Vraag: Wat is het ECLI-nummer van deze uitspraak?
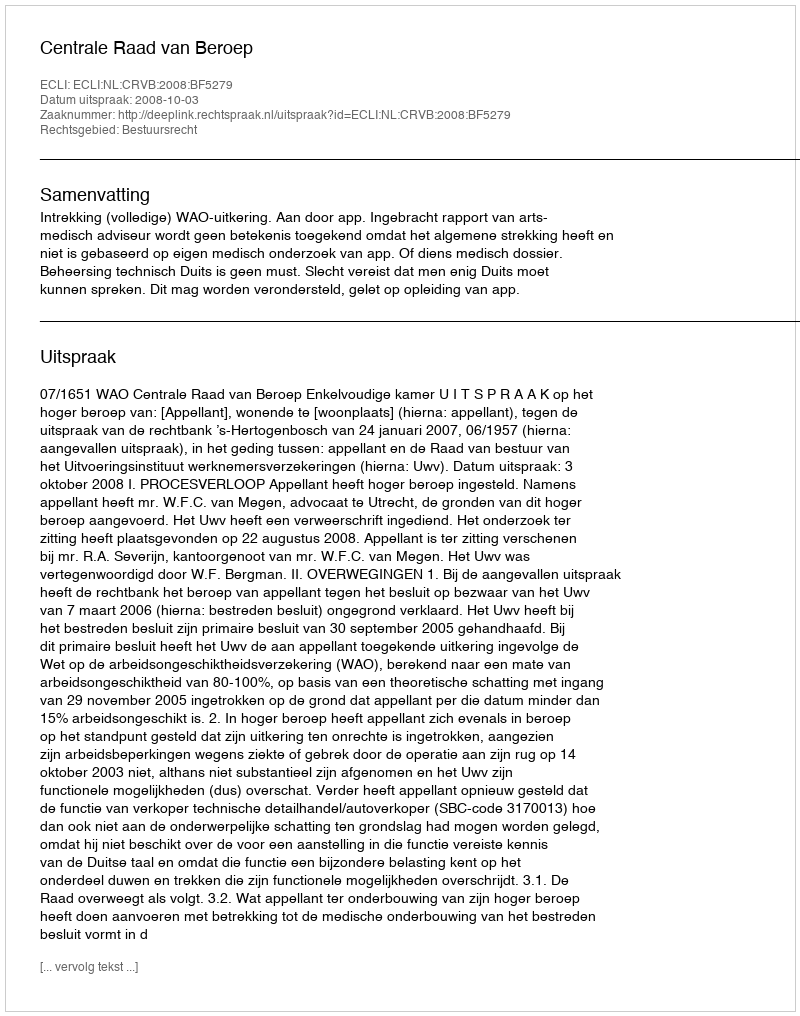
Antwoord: ECLI:NL:CRVB:2008:BF5279